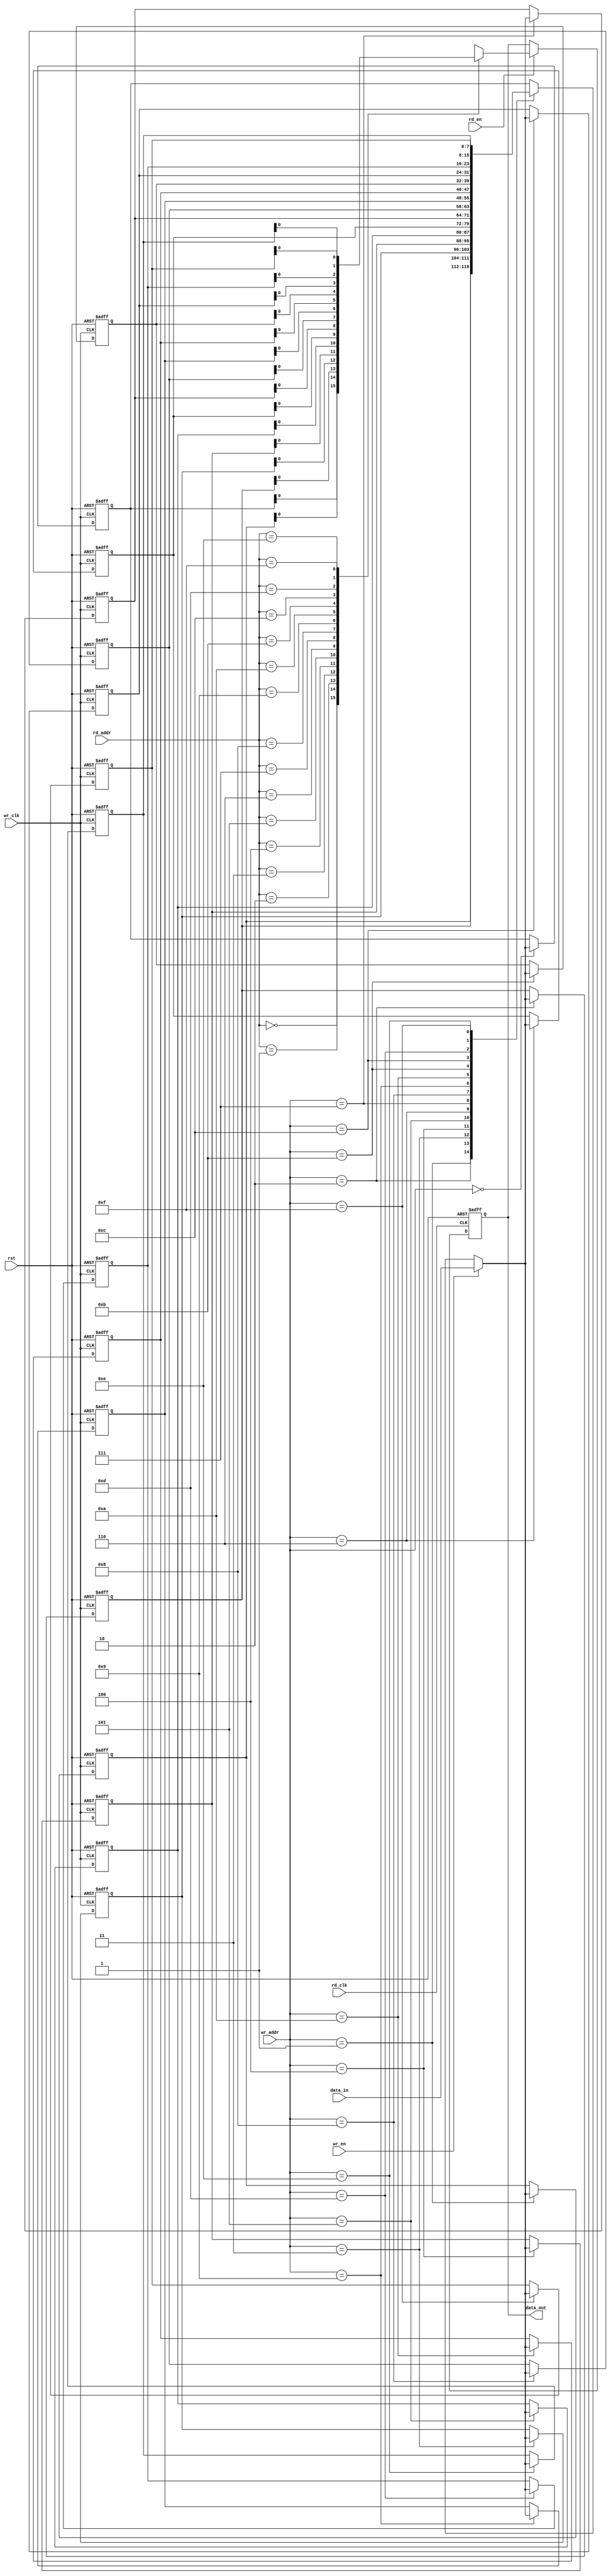
// Code your design here
module ASRAM_dp #(
    parameter data_width = 8,
    parameter address_width = 4,
    parameter RAM_size = 16 
) (
    input [(data_width-1):0] data_in,
    input [(address_width-1):0] wr_addr, rd_addr,
    input wr_en, rd_en, wr_clk, rd_clk, rst,
    output reg data_out 
);
    reg [(data_width-1):0] mem [(RAM_size-1):0];
    integer i;

    //read

    always @(posedge rd_clk or posedge rst ) begin
        if(rst) begin
            data_out <= 0;
        end
        else begin
            data_out <= (rd_en)?mem[rd_addr]:data_out;
        end    
    end

    //write
    always @(posedge wr_clk or posedge rst ) begin
        if(rst) begin
          for (i=0; i< RAM_size; i= i+1) begin
                mem[i] <= 0;
            end
        end
        else begin
            mem[wr_addr] <= (wr_en)? data_in : mem[wr_addr];
        end
    end


endmodule